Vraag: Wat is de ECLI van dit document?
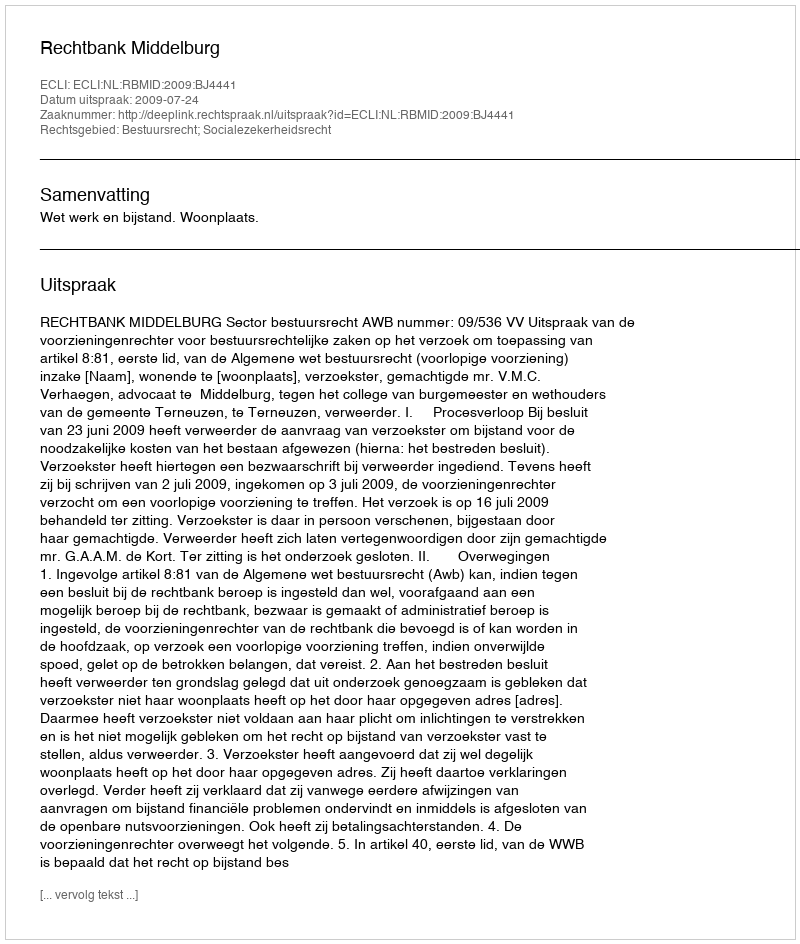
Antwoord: ECLI:NL:RBMID:2009:BJ4441